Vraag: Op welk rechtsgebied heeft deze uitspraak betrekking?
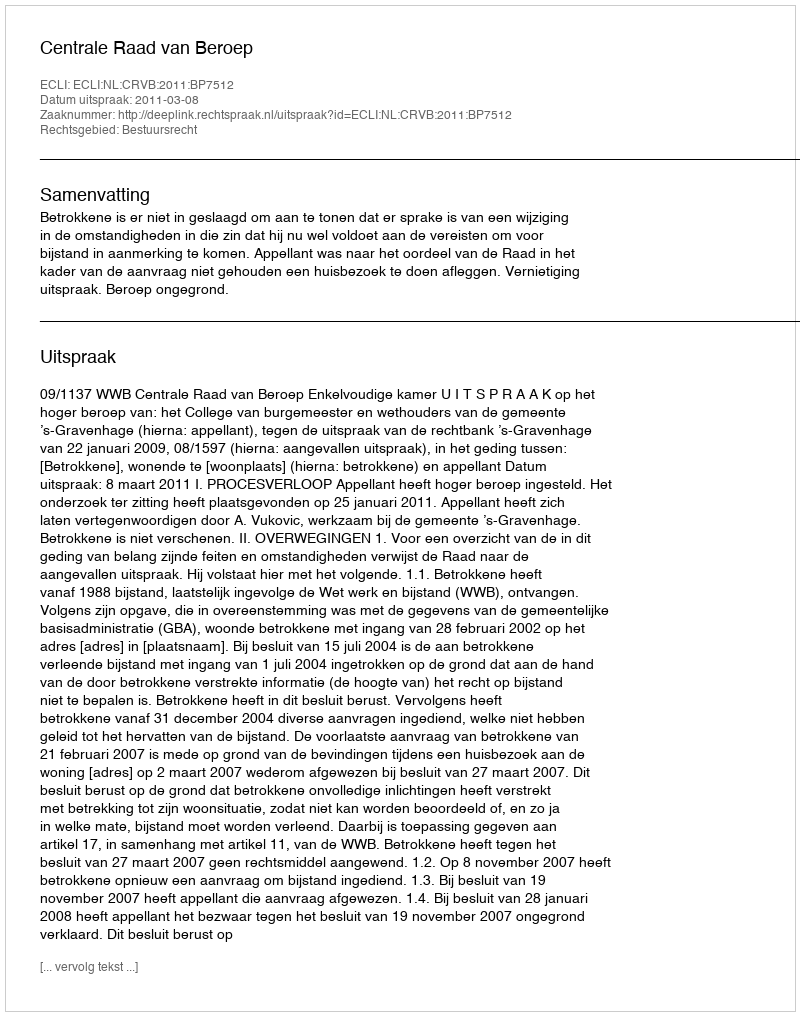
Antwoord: Bestuursrecht